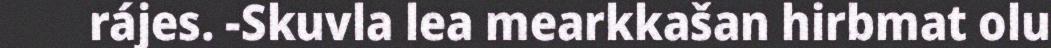
rájes. -Skuvla lea mearkkašan hirbmat olu